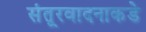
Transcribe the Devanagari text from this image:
संतूरवादनाकडे